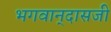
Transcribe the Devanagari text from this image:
भगवान्‌दासजी